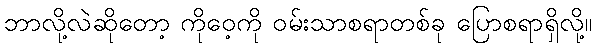
ဘာလို့လဲဆိုတော့ ကိုဝေ့ကို ဝမ်းသာစရာတစ်ခု ပြောစရာရှိလို့။